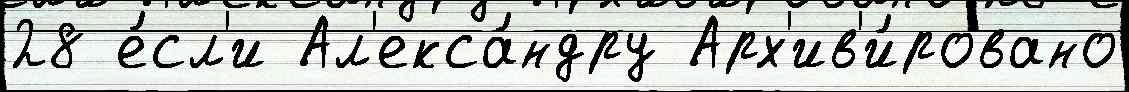
28 е́сл'и Ал'екса́ндру Арх'ив'и́ровано